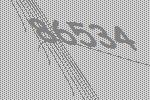
86534